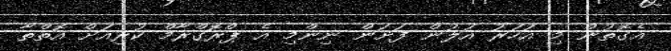
އެގޮތުން މި އަހަރު އަލުން ފަށަން ނިންމި އެ ޕްރޮގްރާމް ކުރިއަށް އޮތްތާ